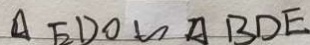
\Delta E D O \sim \Delta B D E